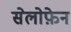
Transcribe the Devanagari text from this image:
सेलोफ़ेन